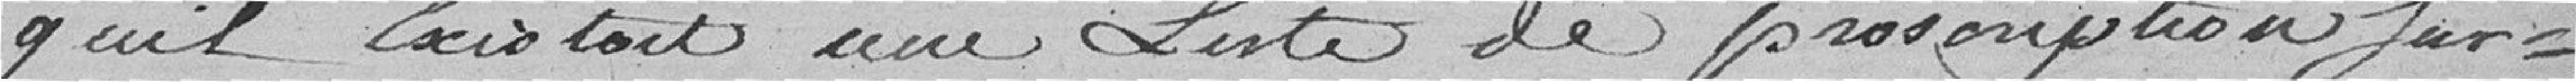
qu'il existoit une liste de proscription sur